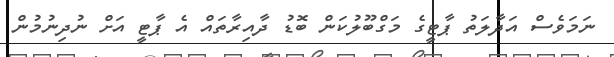
ނަމަވެސް އަދާލަތު ޕާޓީގެ މަގްބޫލުކަން ބޮޑު ދާއިރާތައް އެ ޕާޓީ އަށް ނުދިނުމުން